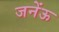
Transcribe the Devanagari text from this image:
जनेंऊ